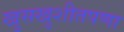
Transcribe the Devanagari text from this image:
खुसखुशीतपणा